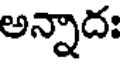
అన్నాదః